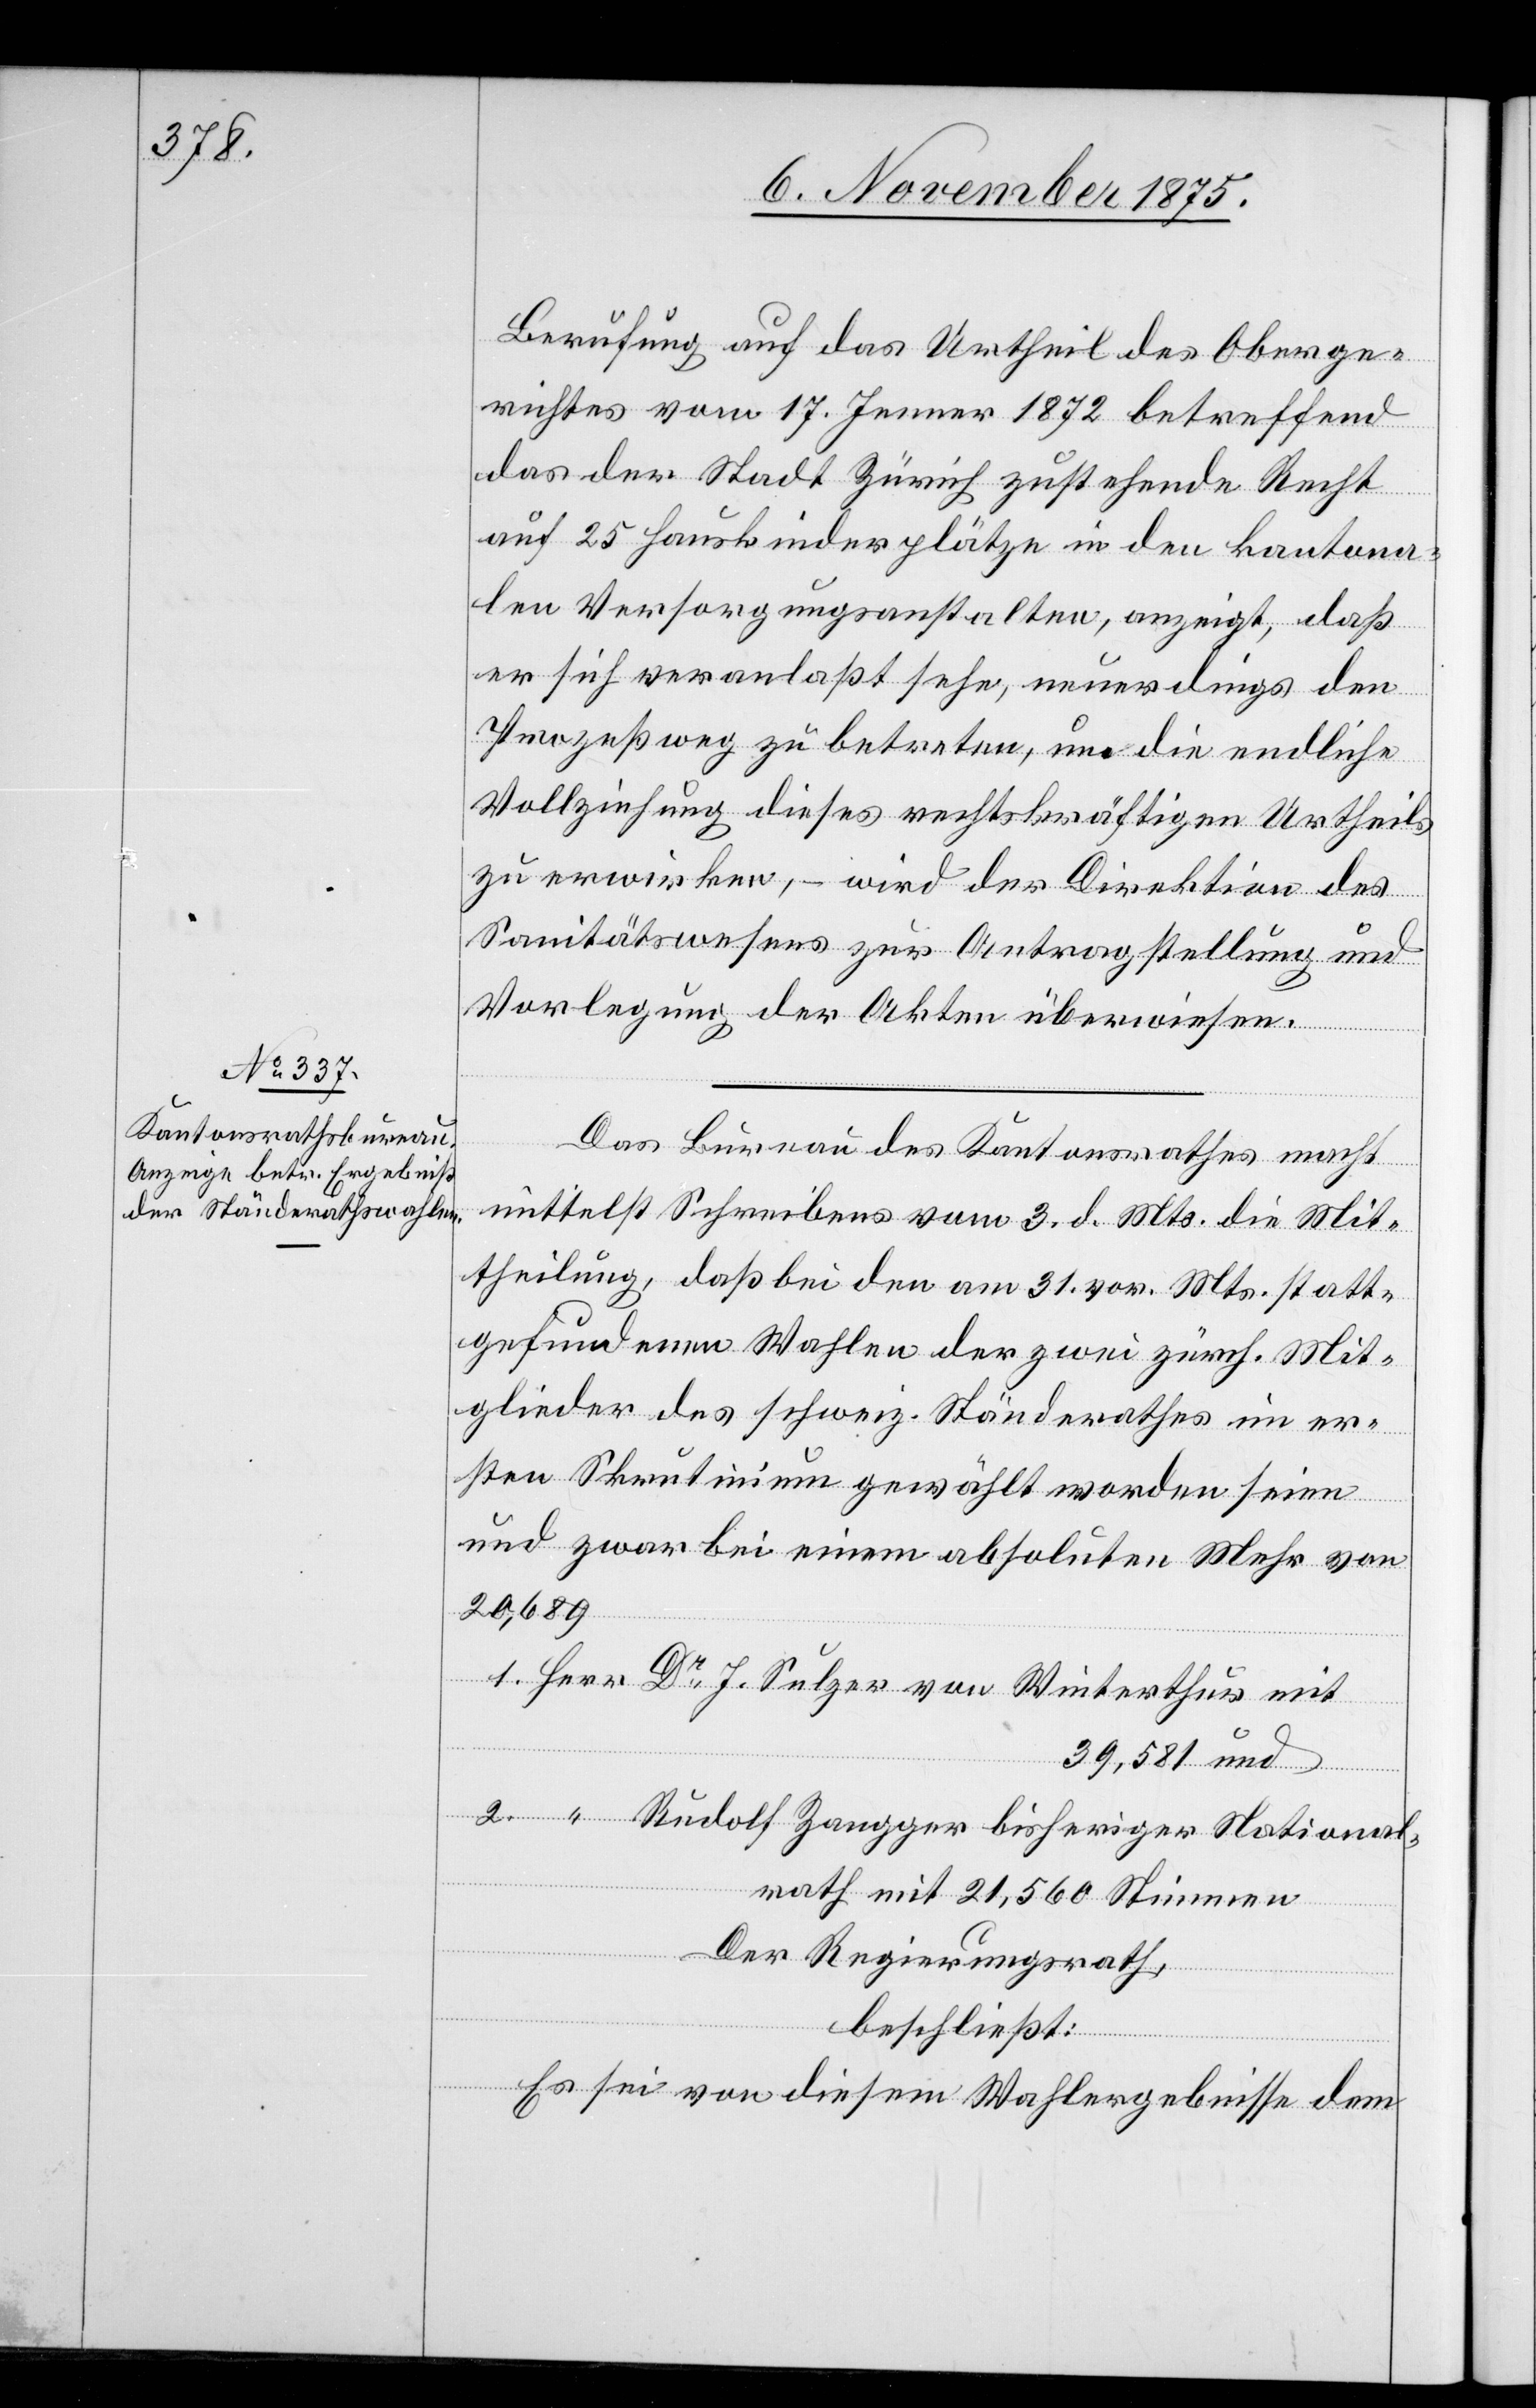
al¬

Berufung auf das Urtheil des Oberge¬
richtes vom 17. Jenner 1872 betreffend
das der Stadt Zürich zustehende Recht
auf 25 Hauskinderplätze in den kantona¬
len Versorgungsanstalten, anzeigt, daß
er sich veranlaßt sehe, neuerdings den
Prozeßweg zu betreten, um die endliche
Vollziehung dieses rechtskräftigen Urtheils
zu erwirken, – wird der Direktion des
Sanitätswesens zur Antragstellung und
Vorlegung der Akten überwiesen.
Das Bureau des Kantonsrathes macht
mittelst Schreibens vom 3. d. Mts. die Mit¬
theilung, daß bei den am 31. vor. Mts. statt¬
gefundenen Wahlen der zwei zürch. Mit¬
glieder des schweiz. Ständerathes im er¬
sten Skrutinium gewählt worden seien
und zwar bei einem absoluten Mehr von
20,689
39, 581 und
rath mit 21,560 Stimmen
2.
Der Regierungsrath,
beschließt:
Nation¬
Es sei von diesem Wahlergebnisse dem